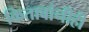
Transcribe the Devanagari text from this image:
किताबांनीही